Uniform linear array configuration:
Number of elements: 64
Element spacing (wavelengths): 1
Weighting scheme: uniform
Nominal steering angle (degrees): -60
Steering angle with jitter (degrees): -59.685
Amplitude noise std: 0.05
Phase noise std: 0.05

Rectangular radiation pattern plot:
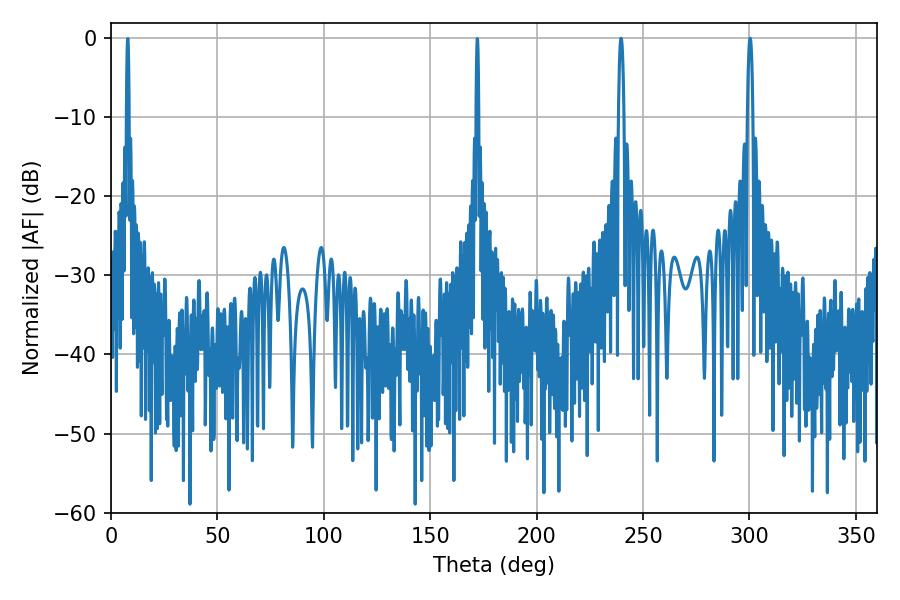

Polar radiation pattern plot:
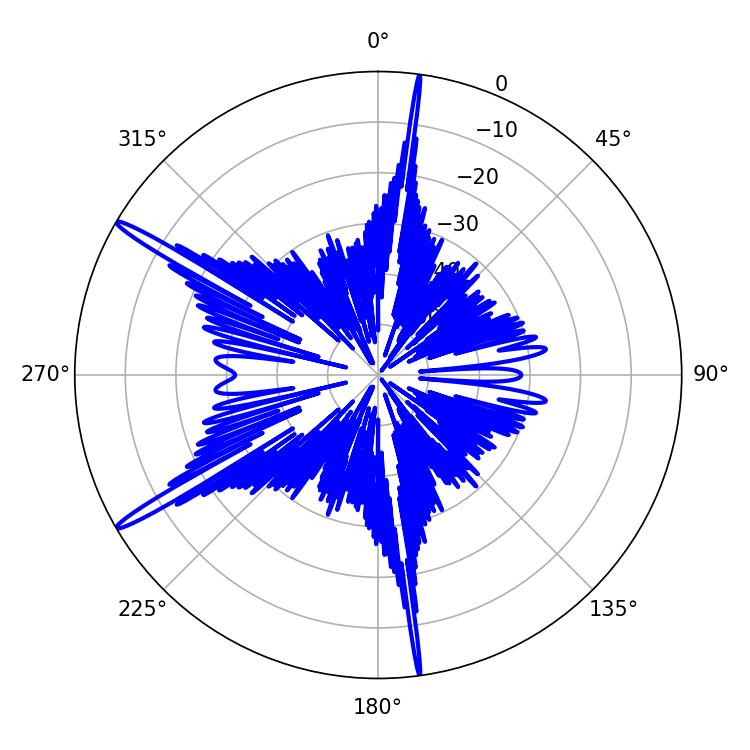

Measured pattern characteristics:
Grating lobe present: TRUE
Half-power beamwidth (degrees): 1.44
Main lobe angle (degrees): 239.76